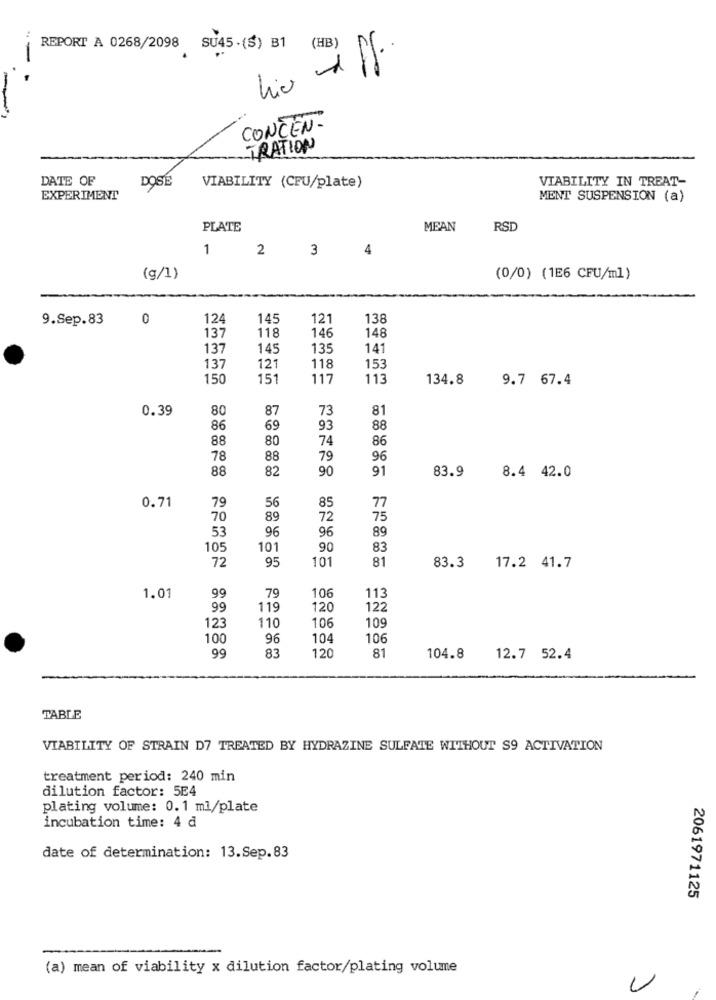
REPORT A 0268/2098 SU45. (S) B1 (HB)
-
CONCEN-
TRATION
DATE OF
DOSE
VIABILITY IN TREAT-
VIABILITY (CFU/plate)
EXPERIMENT
MENT SUSPENSION (a)
PLATE
MEAN
RSD
1
2
3
4
(g/1)
(0/0) (1E6 CFU/ml)
9.Sep.83
0
124
145
121
138
146
137
118
148
137
145
135
141
137
121
118
153
150
151
117
113
134.8
9.7 67.4
0.39
80
87
73
81
86
69
93
88
88
80
74
86
78
88
79
96
88
82
90
91
83.9
8.4 42.0
77
0.71
79
56
85
70
89
72
75
53
96
96
89
105
101
90
83
72
95
81
101
83.3
17.2 41.7
99
79
106
1.01
113
99
119
120
122
123
110
106
109
100
96
104
106
99
81
83
120
104.8
12.7 52.4
TABLE
VIABILITY OF STRAIN D7 TREATED BY HYDRAZINE SULFATE WITHOUT S9 ACTIVATION
treatment period: 240 min
dilution factor: 5E4
plating volume: 0.1 ml/plate
incubation time: 4 d
date of determination: 13.Sep.83
2061971125
(a) mean of viability x dilution factor/plating volume